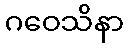
ဂဝေသိနာ